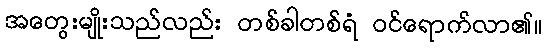
အတွေးမျိုးသည်လည်း တစ်ခါတစ်ရံ ဝင်ရောက်လာ၏။